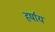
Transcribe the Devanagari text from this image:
हर्षाय